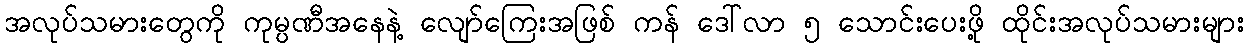
အလုပ်သမားတွေကို ကုမ္ပဏီအနေနဲ့ လျော်ကြေးအဖြစ် ကန် ဒေါ်လာ ၅ သောင်းပေးဖို့ ထိုင်းအလုပ်သမားများ